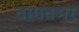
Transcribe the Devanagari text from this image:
तागतभर